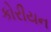
કોરીયન